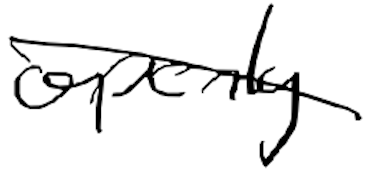
Text: openly
Cross-out: diagonal
Writing tool: digital_black